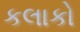
કલાકો